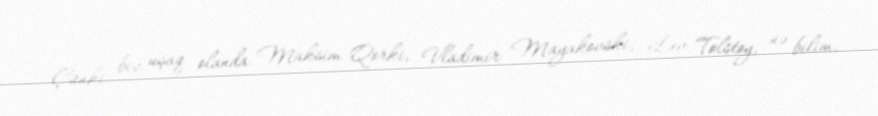
Çünki biz uşaq olanda Maksim Qorki, Vladimir Mayakovski, Lev Tolstoy, nə bilim,